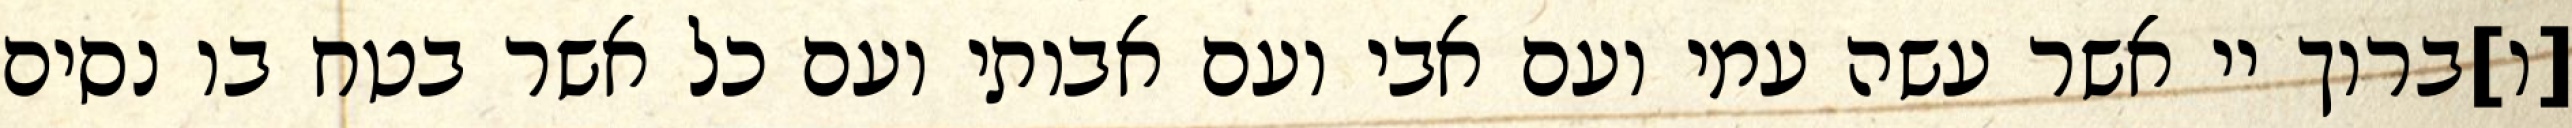
[ו]ברוך יי אשר עשה עמי ועם אבי ועם אבותי ועם כל אשר בטח בו נסים